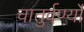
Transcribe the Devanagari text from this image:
चातुर्वर्ण्यों